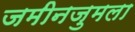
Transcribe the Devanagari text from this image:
जमीनजुमला